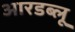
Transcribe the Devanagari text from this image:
आरडब्लू